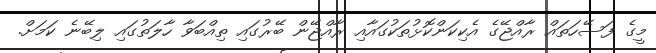
މީގެ ފަސޭހަތައް ރާއްޖޭގެ އެކިކަންކޮޅުތަކުގައާއި ރާއްޖޭން ބޭރުގައި ތިއްބަވާ ހާލަތުގައި ލިބޭނެ ކަމަށް.